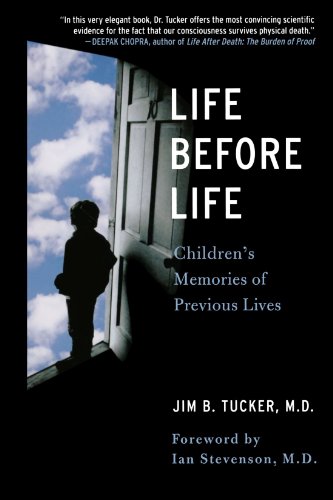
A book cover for Life Before Life: Children's Memories of Previous Lives; Jim B. Tucker; Religion & Spirituality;